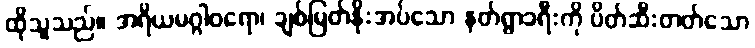
ထိုသူသည်။ အရိယမဂ္ဂါဝရော၊ ချစ်မြတ်နိုးအပ်သော နတ်ရွာခရီးကို ပိတ်ဆီးတတ်သော